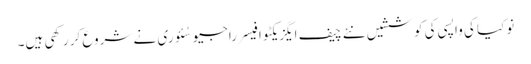
نوکیا کی واپسی کی کوششیں نئے چیف ایگزیکٹو افیسر راجیو سُئوری نے شروع کر رکھی ہیں۔